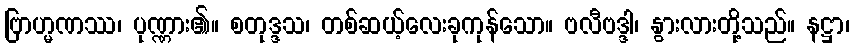
ဗြာဟ္မဏဿ၊ ပုဏ္ဏား၏။ စတုဒ္ဒသ၊ တစ်ဆယ့်လေးခုကုန်သော။ ဗလီဗဒ္ဒါ၊ နွားလားတို့သည်။ နဋ္ဌာ၊